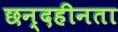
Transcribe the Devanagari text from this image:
छन्दहीनता